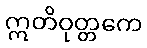
ဣတိဝုတ္တကေ